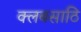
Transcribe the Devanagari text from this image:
क्लबसाठि